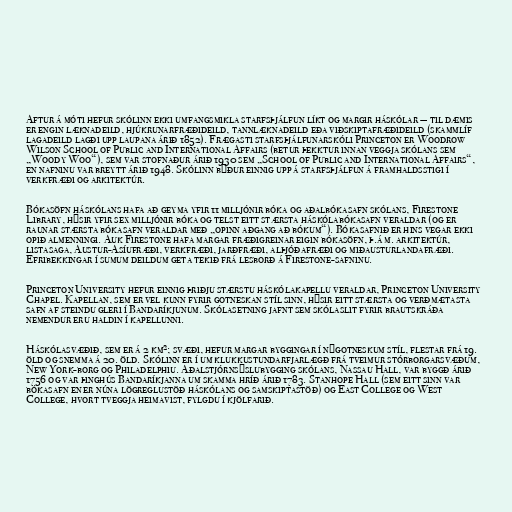
Aftur á móti hefur skólinn ekki umfangsmikla starfsþjálfun líkt og margir háskólar — til dæmis
er engin læknadeild, hjúkrunarfræðideild, tannlæknadeild eða viðskiptafræðideild (skammlíf
lagadeild lagði upp laupana árið 1852). Frægasti starfsþjálfunarskóli Princeton er Woodrow
Wilson School of Public and International Affairs (betur þekktur innan veggja skólans sem
„Woody Woo“), sem var stofnaður árið 1930 sem „School of Public and International Affairs“,
en nafninu var breytt árið 1948. Skólinn býður einnig upp á starfsþjálfun á framhaldsstigi í
verkfræði og arkitektúr.

Bókasöfn háskólans hafa að geyma yfir 11 milljónir bóka og aðalbókasafn skólans, Firestone
Library, hýsir yfir sex milljónir bóka og telst eitt stærsta háskólabókasafn veraldar (og er
raunar stærsta bókasafn veraldar með „opinn aðgang að bókum“). Bókasafnið er hins vegar ekki
opið almenningi. Auk Firestone hafa margar fræðigreinar eigin bókasöfn, þ.á m. arkitektúr,
listasaga, Austur-Asíufræði, verkfræði, jarðfræði, alþjóðafræði og miðausturlandafræði.
Efribekkingar í sumum deildum geta tekið frá lesborð á Firestone-safninu.

Princeton University hefur einnig þriðju stærstu háskólakapellu veraldar, Princeton University
Chapel. Kapellan, sem er vel kunn fyrir gotneskan stíl sinn, hýsir eitt stærsta og verðmætasta
safn af steindu gleri í Bandaríkjunum. Skólasetning jafnt sem skólaslit fyrir brautskráða
nemendur eru haldin í kapellunni.

Háskólasvæðið, sem er á 2 km²; svæði, hefur margar byggingar í nýgotneskum stíl, flestar frá 19.
öld og snemma á 20. öld. Skólinn er í um klukkustundarfjarlægð frá tveimur stórborgarsvæðum,
New York-borg og Philadelphiu. Aðalstjórnsýslubygging skólans, Nassau Hall, var byggð árið
1756 og var þinghús Bandaríkjanna um skamma hríð árið 1783. Stanhope Hall (sem eitt sinn var
bókasafn en er núna lögreglustöð háskólans og samskiptastöð) og East College og West
College, hvort tveggja heimavist, fylgdu í kjölfarið.